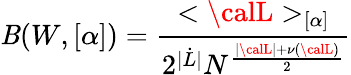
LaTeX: \mathit{B}(W,[\alpha])=\frac{{<{\calL}>_{[\alpha]}}}{{2^{|\dot{{L}}|}N^{\frac{{|{\calL}|+\nu({\calL})}}{{2}}}}}